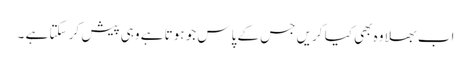
اب بھلا وہ بھی کیا کریں جس کے پاس جو ہوتا ہے وہی پیش کر سکتا ہے ۔